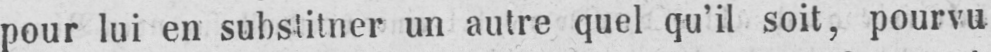
pour lui en substitner un autre quel qu’il soit, pourvu